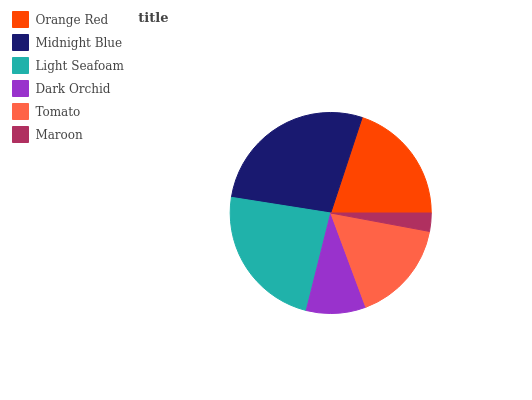
| Orange Red | Midnight Blue | Light Seafoam | Dark Orchid | Tomato | Maroon |
 | --- | --- | --- | --- | --- | --- |
 | 19.9% | 27.6% | 23.6% | 9.59% | 16.4% | 2.93% |